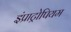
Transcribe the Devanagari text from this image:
इंप्राट्रोपियम